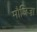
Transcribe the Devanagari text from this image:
मौजिजा़